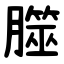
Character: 㭀